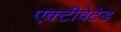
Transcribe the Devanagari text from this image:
एक्टीवेटेड